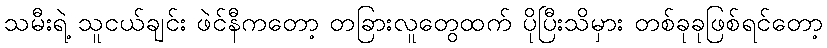
သမီးရဲ့ သူငယ်ချင်း ဖဲင်နီကတော့ တခြားလူတွေထက် ပိုပြီးသိမှား တစ်ခုခုဖြစ်ရင်တော့